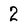
Character: 2